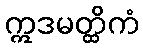
ဣဒမတ္ထိကံ